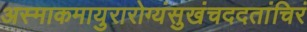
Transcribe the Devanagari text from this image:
अस्माकमायुरारोग्यंसुखंचददतांचिरं